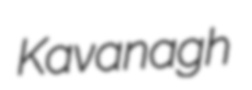
Kavanagh